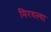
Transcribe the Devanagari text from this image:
मिरवल्या